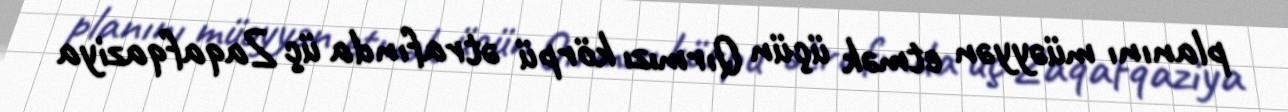
planını müəyyən etmək üçün Qırmızı körpü ətrafında üç Zaqafqaziya